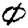
Digit: 0